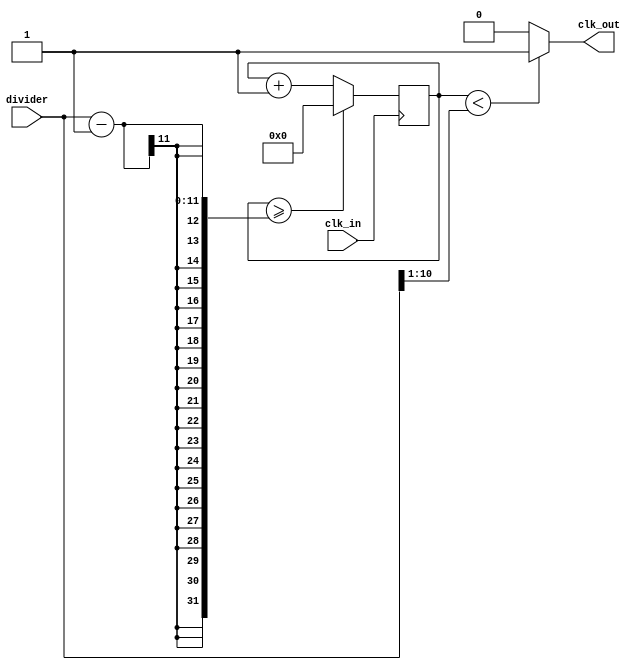
module clk_divider (
	input clk_in,
	input [10:0] divider,
	output clk_out
	);
	
	
	reg [27:0] counter;

	assign clk_out = (counter<divider[10:1])?1'b1:1'b0;

	always @(posedge clk_in)
	begin
		counter <= counter + 28'd1;
		if (counter>=(divider-1))
		  counter <= 28'd0;
	end
endmodule